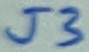
Text: J3